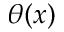
\theta ( x )